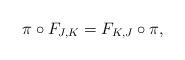
LaTeX: \begin{align*} \pi\circ F_{J,K}= F_{K,J}\circ\pi, \end{align*}